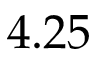
4 . 2 5